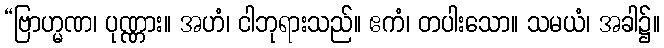
“ဗြာဟ္မဏ၊ ပုဏ္ဏား။ အဟံ၊ ငါဘုရားသည်။ ဧကံ၊ တပါးသော။ သမယံ၊ အခါ၌။